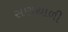
સણથાળી